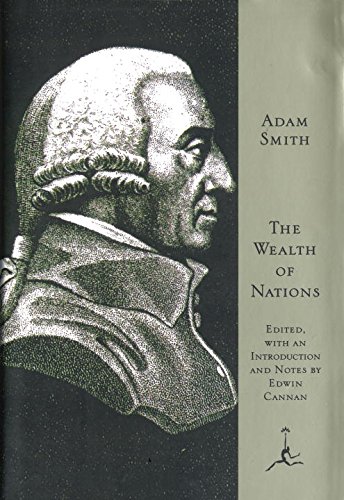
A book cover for The Wealth of Nations (Modern Library); Adam Smith; Business & Money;